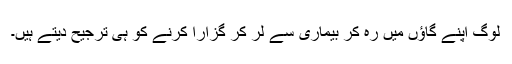
لوگ اپنے گاؤں میں رہ کر بیماری سے لر کر گزارا کرنے کو ہی ترجیح دیتے ہیں۔